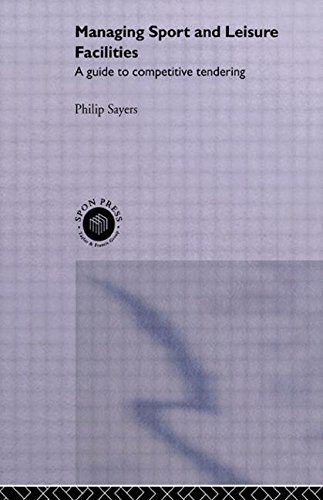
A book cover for Managing Sport and Leisure Facilities: A guide to competitive tendering; Philip Sayers; Sports & Outdoors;